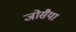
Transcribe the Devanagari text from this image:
जोसैया